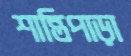
শান্তিপাড়া